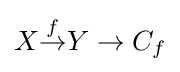
X{\overset {f}{\to }}Y\to C_{f}